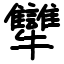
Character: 犫